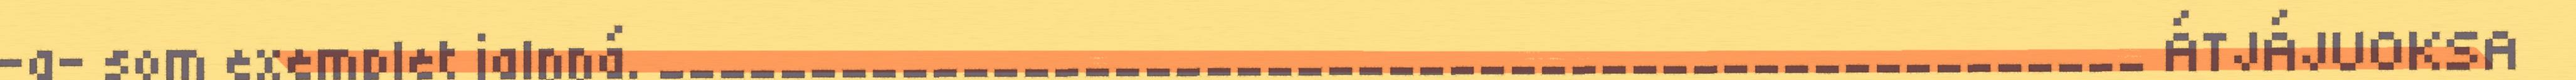
-a- som exemplet jalŋŋá. _________________________________________________ ÁTJÁJUOKSA